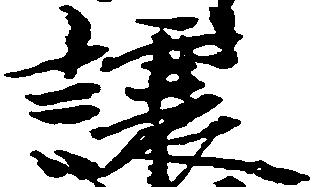
譲